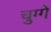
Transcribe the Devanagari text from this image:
चुग्गे